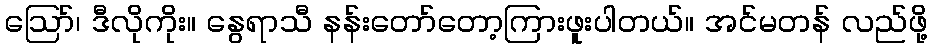
ဩော်၊ ဒီလိုကိုး။ နွေရာသီ နန်းတော်တော့ကြားဖူးပါတယ်။ အင်မတန် လည်ဖို့